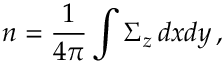
n = \frac { 1 } { 4 \pi } \int \Sigma _ { z } \, d x d y \, ,